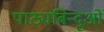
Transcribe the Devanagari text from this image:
पाठ्यबिन्दुओं